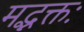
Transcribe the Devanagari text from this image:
मद्भक्तः